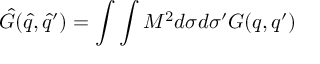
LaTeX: { \hat { G } } ( { \hat { q } } , { \hat { q } } ^ { \prime } ) = \int \int M ^ { 2 } d { \sigma } d { \sigma } ^ { \prime } G ( q , q ^ { \prime } )